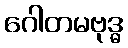
ဂေါတမဗုဒ္ဓ